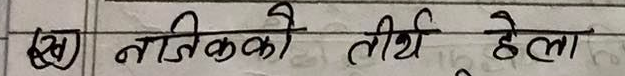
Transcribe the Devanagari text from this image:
ख) नजिकको तीर्थ हेला